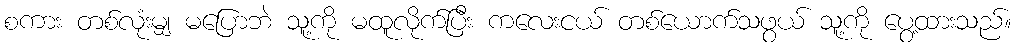
စကား တစ်လုံးမျှ မပြောဘဲ သူ့ကို မထူလိုက်ပြီး ကလေးငယ် တစ်ယောက်သဖွယ် သူ့ကို ပွေ့ထားသည်။